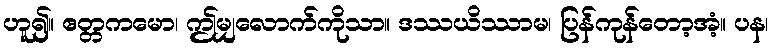
ဟူ၍။ ဧတ္တကမော၊ ဤမျှလောက်ကိုသာ။ ဒဿယိဿာမ၊ ပြန်ကုန်တော့အံ့။ ပန၊